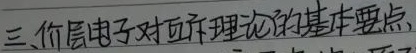
三、价层电子对互斥理论的基本要点